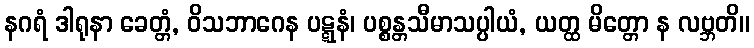
နဂရံ ဒါရုနာ ခေတ္တံ, ဝိသဘာဂေန ပဋ္ဋနံ၊ ပစ္စန္တသီမာသပ္ပါယံ, ယတ္ထ မိတ္တော န လဗ္ဘတိ။